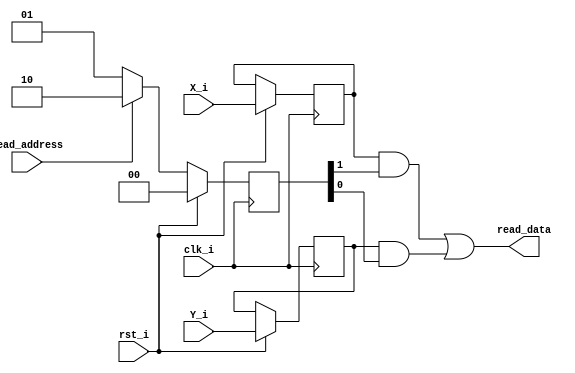
module Test(
    input clk_i,
    input rst_i,
    input read_address, // 0 = read X, 1 = read Y
    input X_i,
    input Y_i,
    output read_data);

  (* extract_reset = "yes" *)reg X;
  (* extract_reset = "yes" *)reg Y;
  (* extract_reset = "yes" *)reg [1:0] OH_read_address;
  
  always @(posedge clk_i) begin
        if(rst_i) begin
            X <= X_i;
            Y <= Y_i;
            OH_read_address <= 2'b0;
        end else begin
            OH_read_address <= read_address ? 2'b10 : 2'b01;
        end
  end
  
  assign read_data = (X & OH_read_address[1]) | (Y & OH_read_address[0]);
            
endmodule